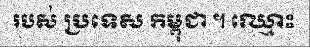
របស់ ប្រទេស កម្ពុជា ។ ឈ្មោះ